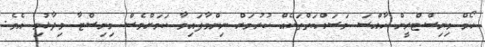
ހޯމް މިނިސްޓްރީން ހާއްސަ މަސައްކަތްތަކެއް ކުރުމަށް ނިންމާފައިވާ ކަމަށްވެސް މިނިސްޓާ ވިދާޅުވި އެވެ.